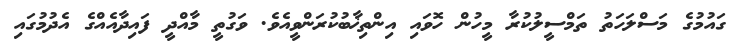
ގައުމުގެ މަސްލަހަތު ތަމްސީލުކުރާ މީހުން ހޮވައި އިންތިޚާބުކުރަންވީއެވެ. ވަގުތީ މާއްދީ ފައިދާއެއްގެ އެދުމުގައި